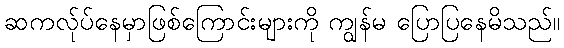
ဆကလ်ုပ်နေမှာဖြစ်ကြောင်းများကို ကျွန်မ ပြောပြနေမိသည်။